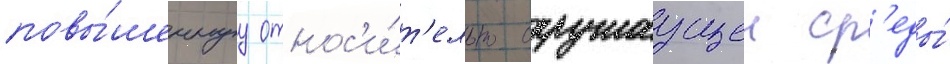
повы́шеннуу относ'и́т'ельно окружаущеи ср'еды́